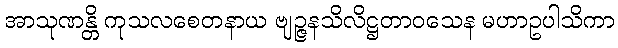
အာသုဏန္တိ ကုသလစေတနာယ ဗျဉ္ဇနသိလိဋ္ဌတာဝသေန မဟာဥပါသိကာ